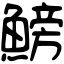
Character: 鰟